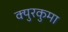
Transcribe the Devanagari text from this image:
क्युरकुमा